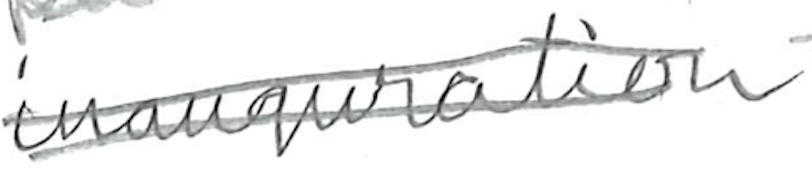
Text: inauguration
Cross-out: mix
Writing tool: pencil